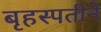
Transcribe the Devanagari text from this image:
बृहस्पतीने